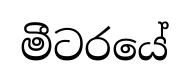
මීටරයේ